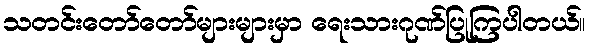
သတင်းတော်တော်များများမှာ ရေးသားဂုဏ်ပြုကြပါတယ်။